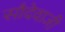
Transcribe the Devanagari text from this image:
सौदेवाजी